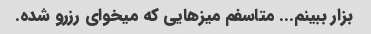
بزار ببینم... متاسفم میزهایی که میخوای رزرو شده.